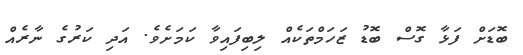
ބޮޑަށް ފަޅާ ގޮސް ބޮޑު ޒަހަމްތަކެއް ލިބިފައިވާ ކަމަށެވެ. އަދި ކަރުގެ ނާރެއް